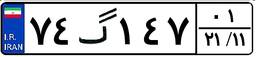
۳۷گ۲۷۹۱۹